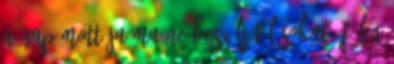
a nap mottója Ma ne beszélj túl sokat, főleg